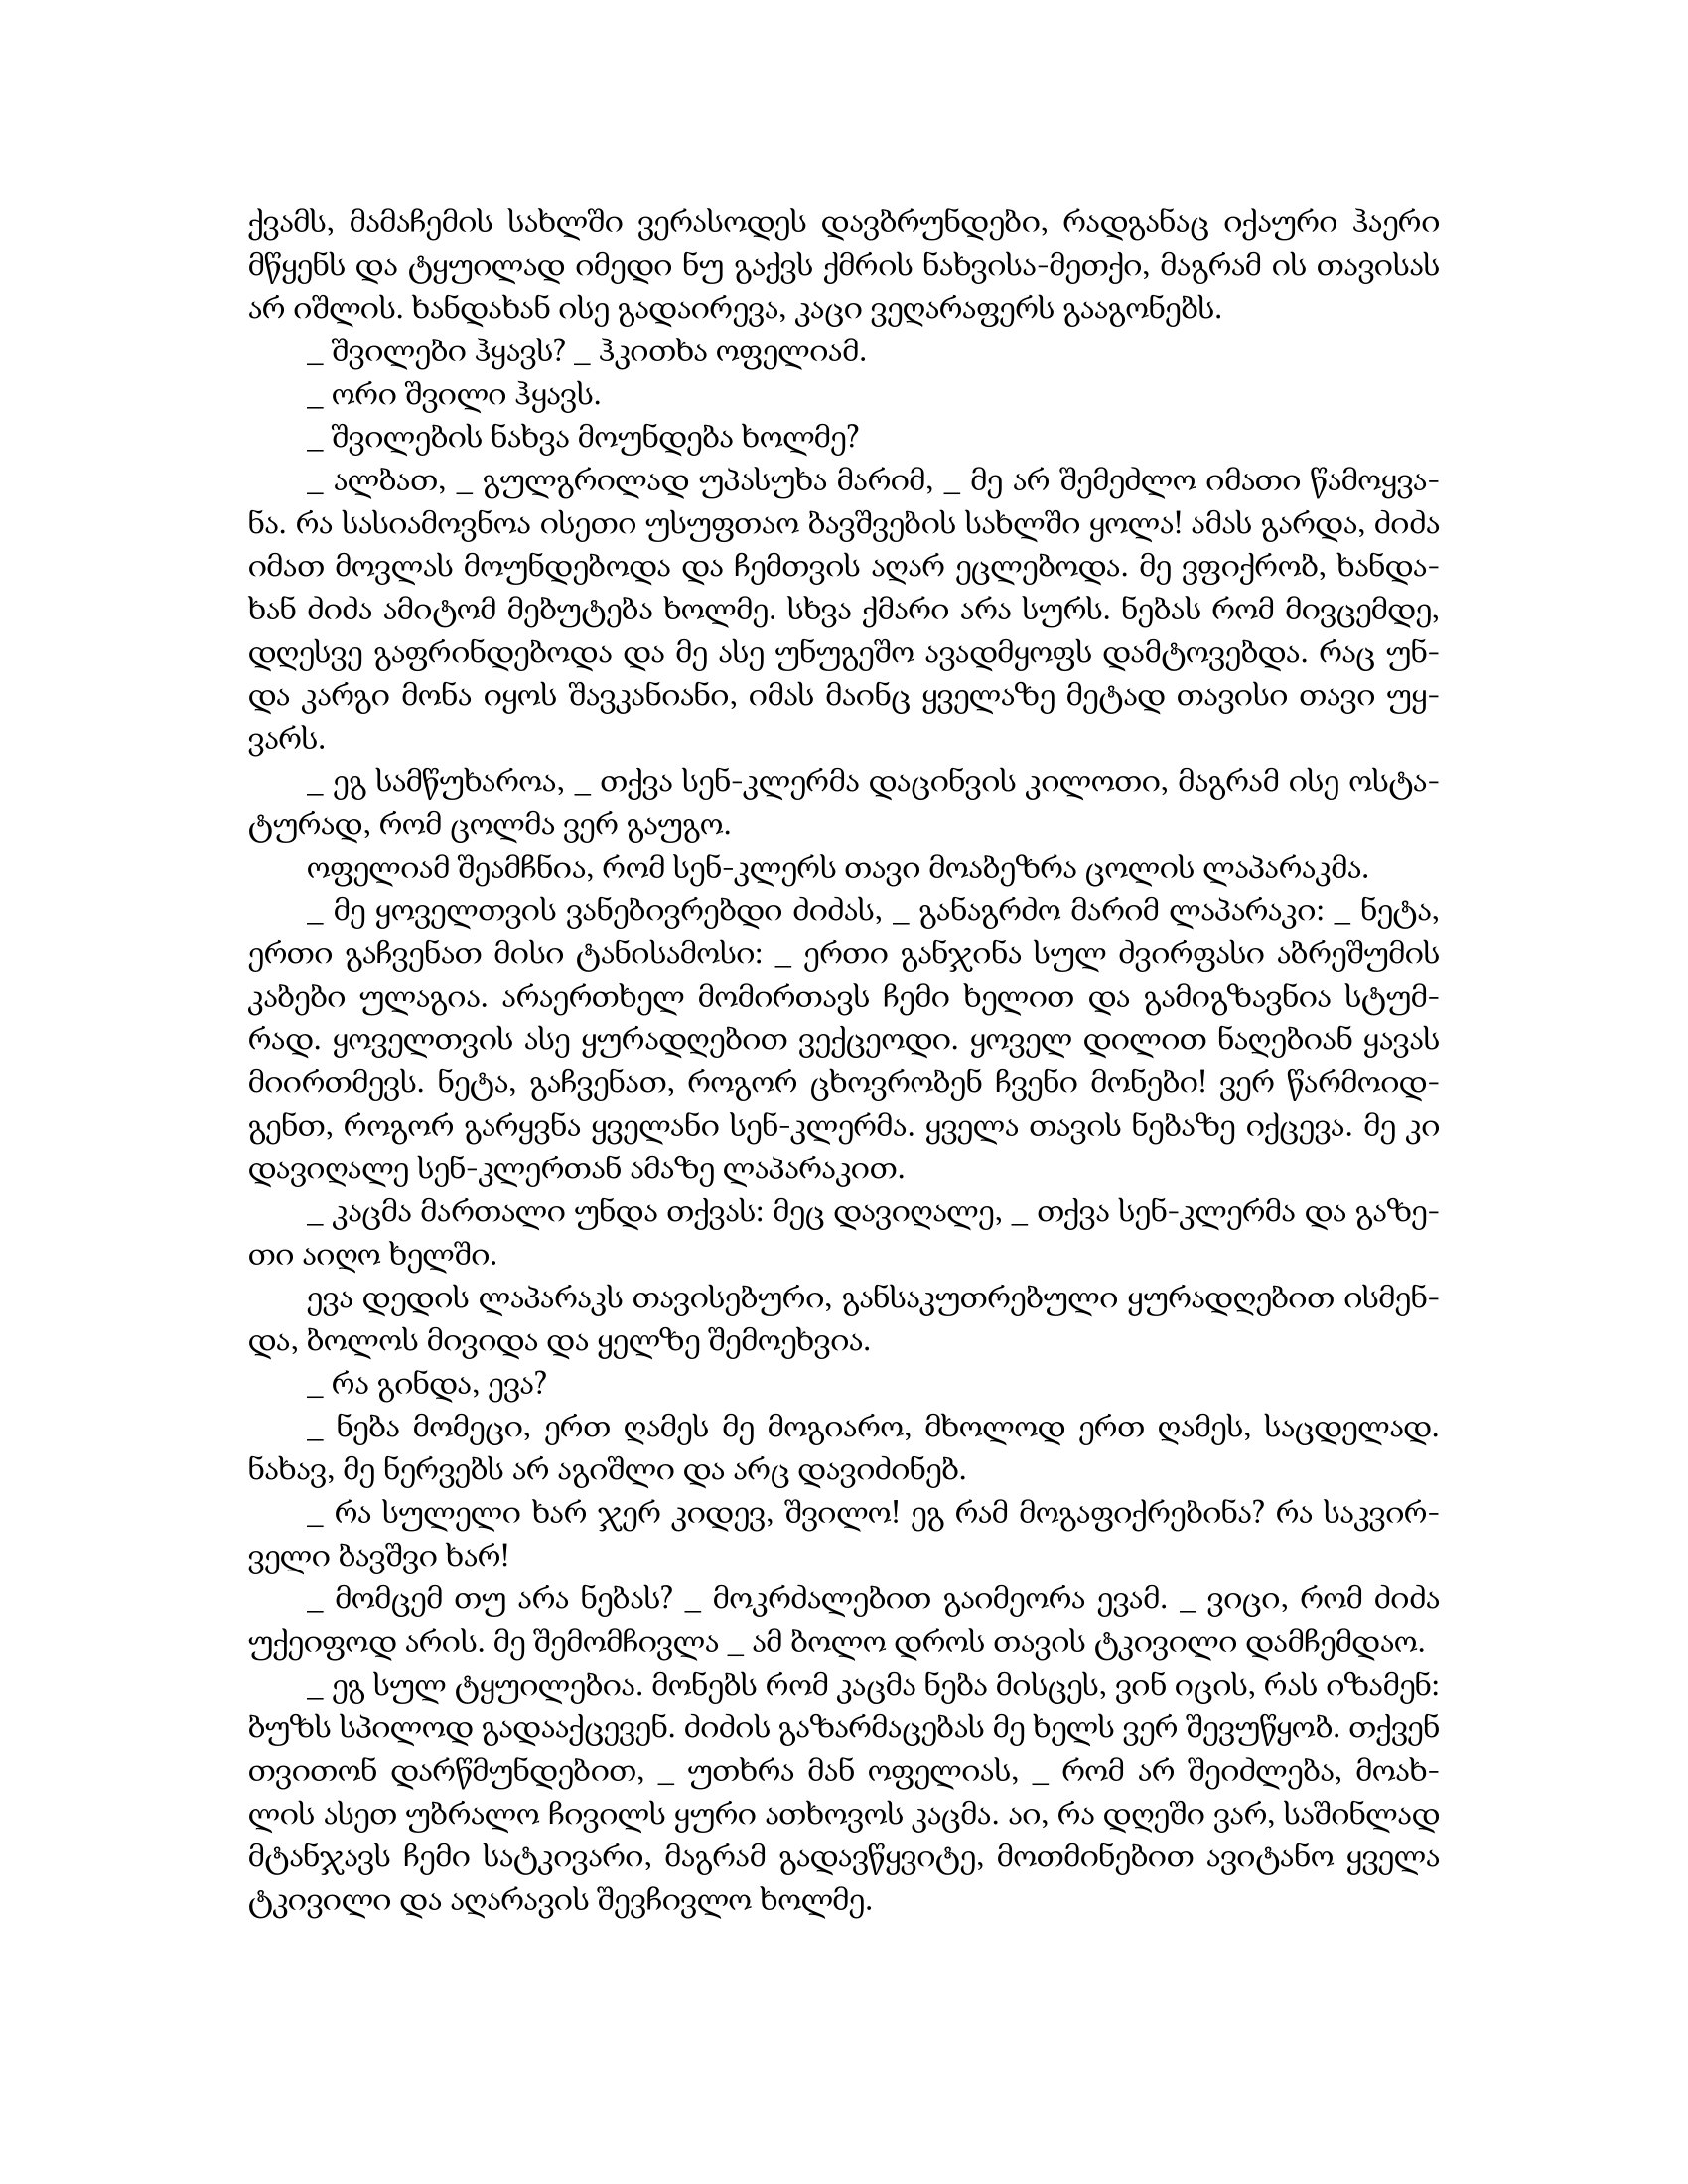
Language: gr